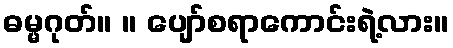
ဓမ္မဂုတ်။ ။ ပျော်စရာကောင်းရဲ့လား။